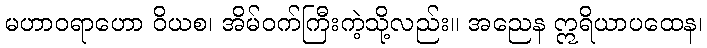
မဟာဝရာဟော ဝိယစ၊ အိမ်ဝက်ကြီးကဲ့သို့လည်း။ အညေန ဣရိယာပထေန၊